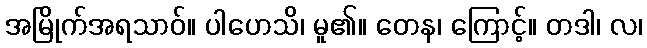
အမြိုက်အရသာဝ်။ ပါဟေသိ၊ မူ၏။ တေန၊ ကြောင့်။ တဒါ၊ လ၊